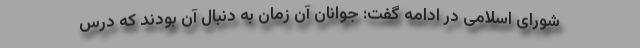
شورای اسلامی در ادامه گفت: جوانان آن زمان به دنبال آن بودند که درس